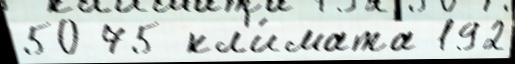
50 75 кл'и́мата 192